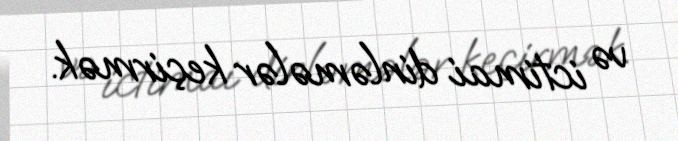
və ictimai dinləmələr keçirmək.